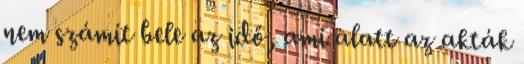
nem számít bele az idő, ami alatt az akták